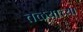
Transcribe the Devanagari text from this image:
तळयाच्या